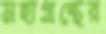
মহাগ্রন্থের